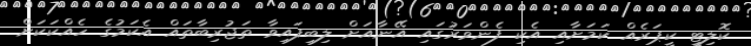
ކޮލިޓީ ކީޕަރެއް ކަމަށާއި އެކި ފެންވަރުގައި އޭނާއަށް ލިބިފައިވާ ތަޖުރިބާތައް އެކަމުގެ ހެއްކަކަށް